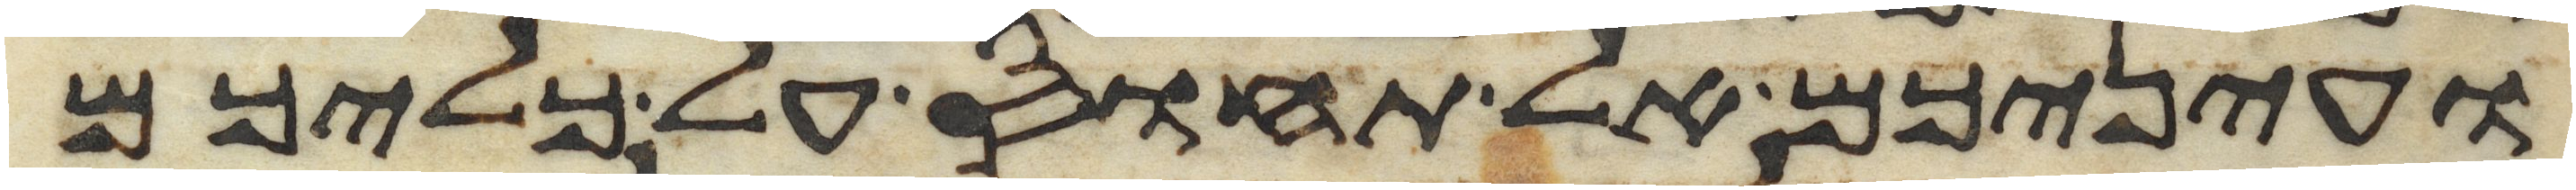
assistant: ועיניכם אל תחוס על כליכם